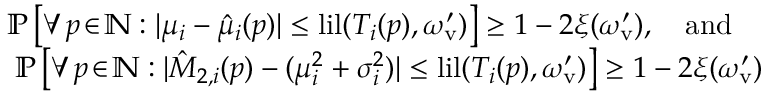
\begin{array} { r l } & { \mathbb { P } \left[ \forall \, p \! \in \! \mathbb { N } : | \mu _ { i } - \hat { \mu } _ { i } ( p ) | \leq \mathrm { l i l } ( T _ { i } ( p ) , \omega _ { \mathrm { v } } ^ { \prime } ) \right] \geq 1 - 2 \xi ( \omega _ { \mathrm { v } } ^ { \prime } ) , \quad \mathrm { a n d } } \\ & { \; \mathbb { P } \left[ \forall \, p \! \in \! \mathbb { N } : | \hat { M } _ { 2 , i } ( p ) - ( \mu _ { i } ^ { 2 } + \sigma _ { i } ^ { 2 } ) | \leq \mathrm { l i l } ( T _ { i } ( p ) , \omega _ { \mathrm { v } } ^ { \prime } ) \right] \geq 1 - 2 \xi ( \omega _ { \mathrm { v } } ^ { \prime } ) } \end{array}